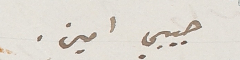
حبيبي امين.